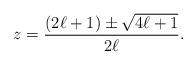
LaTeX: \begin{align*}z = \frac{(2 \ell + 1) \pm \sqrt{4 \ell + 1}}{2 \ell}.\end{align*}